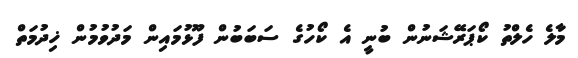
މާލެ ހެލްތު ކޯޕަރޭޝަނުން ބުނީ އެ ކޯހުގެ ސަބަބުން ފޫޅުމައިން މަދުވުމުން ޚިދުމަތް